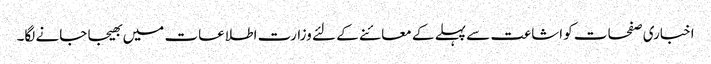
اخباری صفحات کو اشاعت سے پہلے کے معائنے کے لئے وزارت اطلاعات میں بھیجا جانے لگا۔